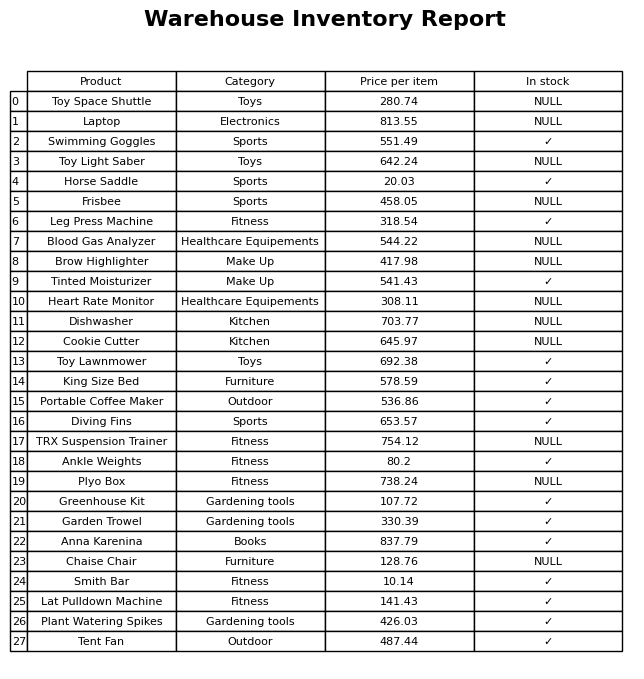
question: What is the price for Dishwasher?
answer: The price of Dishwasher is 703.77.